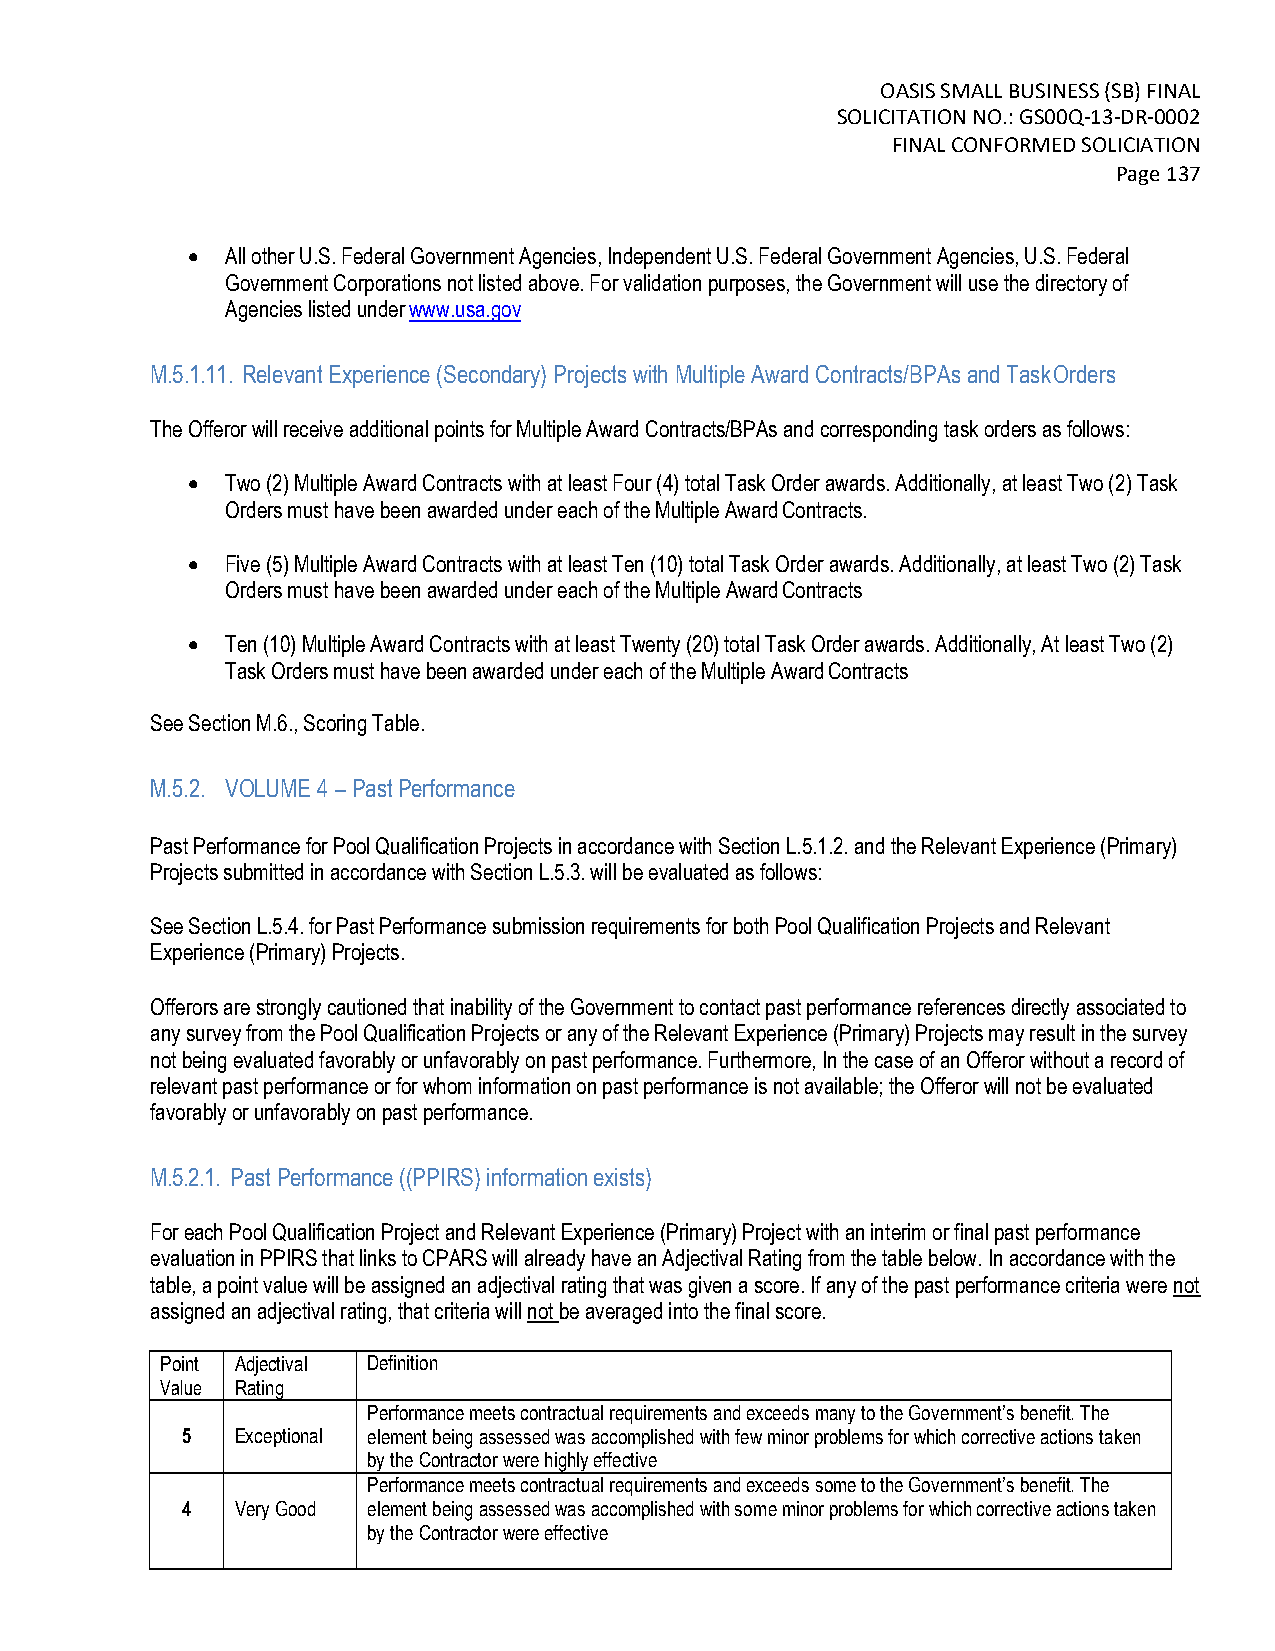
OASIS SMALL BUSINESS (SB) FINAL
 SOLICITATION NO.: GS00Q-13-DR-0002
 FINAL CONFORMED SOLICIATION
 Page 137
   All other U.S. Federal Government Agencies, Independent U.S. Federal Government Agencies, U.S. Federal
 Government Corporations not listed above. For validation purposes, the Government will use the directory of
 Agencies listed under www.usa.gov
 M.5.1.11. Relevant Experience (Secondary) Projects with Multiple Award Contracts/BPAs and Task Orders
 The Offeror will receive additional points for Multiple Award Contracts/BPAs and corresponding task orders as follows:
   Two (2) Multiple Award Contracts with at least Four (4) total Task Order awards. Additionally, at least Two (2) Task
 Orders must have been awarded under each of the Multiple Award Contracts.
   Five (5) Multiple Award Contracts with at least Ten (10) total Task Order awards. Additionally, at least Two (2) Task
 Orders must have been awarded under each of the Multiple Award Contracts
   Ten (10) Multiple Award Contracts with at least Twenty (20) total Task Order awards. Additionally, At least Two (2)
 Task Orders must have been awarded under each of the Multiple Award Contracts
 See Section M.6., Scoring Table.
 M.5.2. VOLUME 4 – Past Performance
 Past Performance for Pool Qualification Projects in accordance with Section L.5.1.2. and the Relevant Experience (Primary)
 Projects submitted in accordance with Section L.5.3. will be evaluated as follows:
 See Section L.5.4. for Past Performance submission requirements for both Pool Qualification Projects and Relevant
 Experience (Primary) Projects.
 Offerors are strongly cautioned that inability of the Government to contact past performance references directly associated to
 any survey from the Pool Qualification Projects or any of the Relevant Experience (Primary) Projects may result in the survey
 not being evaluated favorably or unfavorably on past performance. Furthermore, In the case of an Offeror without a record of
 relevant past performance or for whom information on past performance is not available; the Offeror will not be evaluated
 favorably or unfavorably on past performance.
 M.5.2.1. Past Performance ((PPIRS) information exists)
 For each Pool Qualification Project and Relevant Experience (Primary) Project with an interim or final past performance
 evaluation in PPIRS that links to CPARS will already have an Adjectival Rating from the table below. In accordance with the
 table, a point value will be assigned an adjectival rating that was given a score. If any of the past performance criteria were not
 assigned an adjectival rating, that criteria will not be averaged into the final score.
 Point Adjectival Definition
 Value Rating
 Performance meets contractual requirements and exceeds many to the Government’s benefit. The
 5   Exceptional element being assessed was accomplished with few minor problems for which corrective actions taken
 by the Contractor were highly effective
 Performance meets contractual requirements and exceeds some to the Government’s benefit. The
 4   Very Good element being assessed was accomplished with some minor problems for which corrective actions taken
 by the Contractor were effective